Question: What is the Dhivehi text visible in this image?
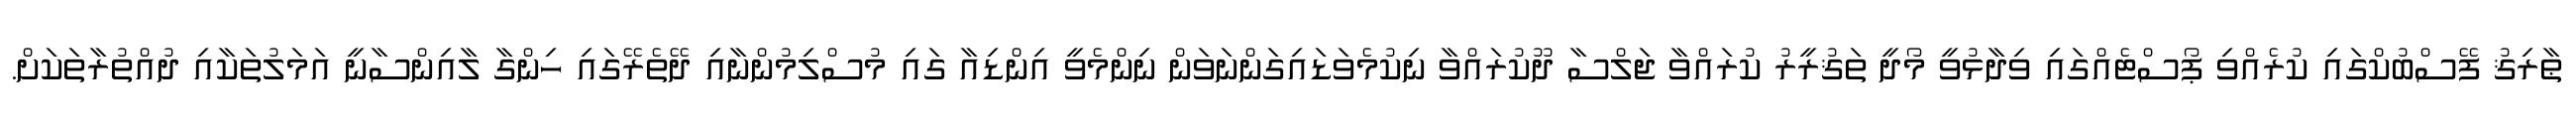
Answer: ޠާރިޤު ފޭސްބުކްގައި ކުރެއްވި ޕޯސްޓެއްގައި ވިދާޅުވީ މޯދީ ތަޤުރީރު ކުރައްވާ ޖަލްސާ ދޫކުރައްވާ ނިކުމެވަޑައިގަންނަވަން ނިންމެވީ އިންޑިއާ ގައި މުސްލިމުންނާއި ދޭތެރޭގައި ހިންގާ ލާއިންސާނީ އަމަލުތަކާއި ދުއްތުރާތަކަށް.